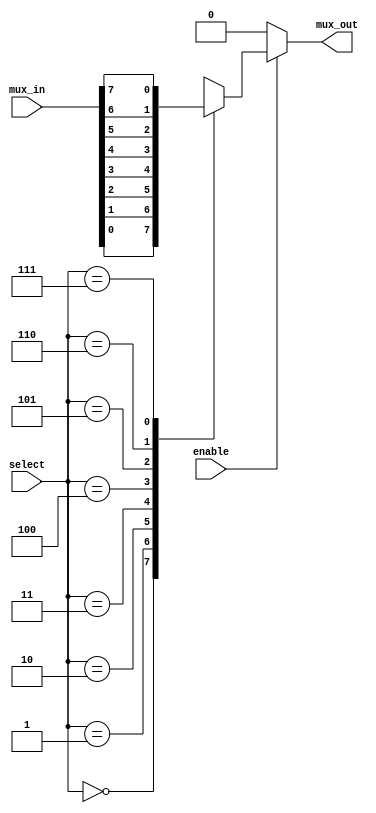
////////////////////////////////////////////////////////////////////////////////////////////////////
// Version:     1
// Description: 8-to-1 multiplexer implementation

module mux8to1_cgrundey(enable, select, mux_in, mux_out);
  input enable; // active-high enable
  input [2:0] select; // multiplexer select lines
  input [7:0] mux_in; // multiplexer input lines
  output mux_out; // multiplexer output
  reg mux_out;

  always@(enable or select) begin
    if (enable)
      case(select)
        3'b000: mux_out = mux_in[0];
        3'b001: mux_out = mux_in[1];
        3'b010: mux_out = mux_in[2];
        3'b011: mux_out = mux_in[3];
        3'b100: mux_out = mux_in[4];
        3'b101: mux_out = mux_in[5];
        3'b110: mux_out = mux_in[6];
        3'b111: mux_out = mux_in[7];
      endcase
    else
      mux_out = 1'b0;
  end
endmodule